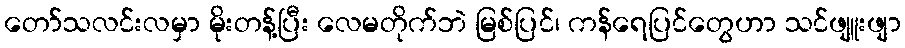
တော်သလင်းလမှာ မိုးတန့်ပြီး လေမတိုက်ဘဲ မြစ်ပြင်၊ ကန်ရေပြင်တွေဟာ သင်ဖျူးဖျာ